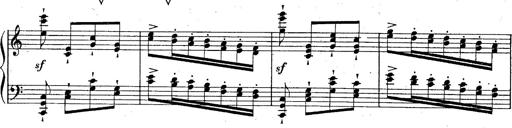
Title: God Save the Queen
Composer: Charles LÃ©on Hess
Key: A major